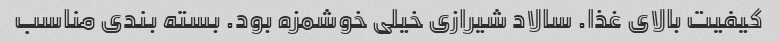
کیفیت بالای غذا. سالاد شیرازی خیلی خوشمزه بود. بسته بندی مناسب